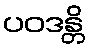
ပဝဒန္တိ